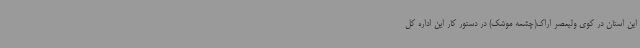
این استان در کوی ولیعصر اراک(چشمه موشک) در دستور کار این اداره کل